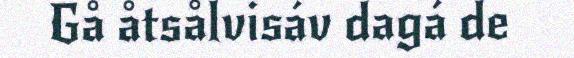
Gå åtsålvisáv dagá de